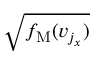
\sqrt { f _ { \mathrm { M } } ( v _ { j _ { x } } ) }